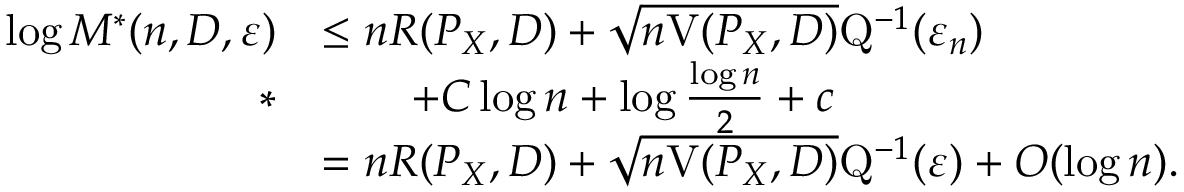
\begin{array} { r l } { \log M ^ { * } ( n , D , \varepsilon ) } & { \leq n R ( P _ { X } , D ) + \sqrt { n \mathrm { V } ( P _ { X } , D ) } \mathrm { Q } ^ { - 1 } ( \varepsilon _ { n } ) } \\ { * } & { \qquad + C \log n + \log \frac { \log n } { 2 } + c } \\ & { = n R ( P _ { X } , D ) + \sqrt { n \mathrm { V } ( P _ { X } , D ) } \mathrm { Q } ^ { - 1 } ( \varepsilon ) + O ( \log n ) . } \end{array}